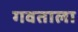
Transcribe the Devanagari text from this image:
गवताला